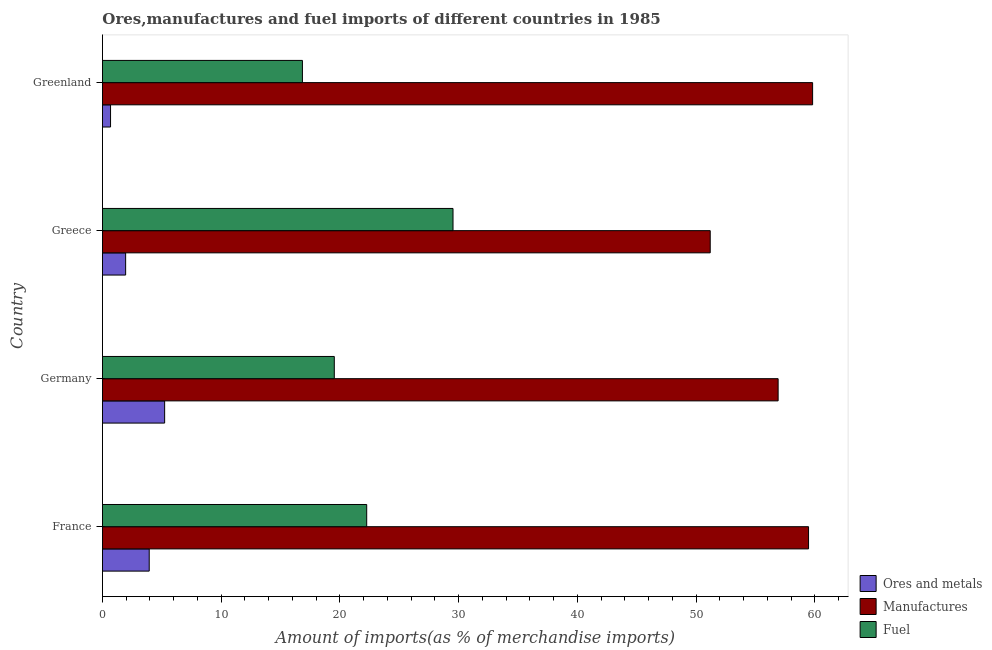
| Country | Ores and metals | Manufactures | Fuel |
 | --- | --- | --- | --- |
 | France | 3.94 | 59.5 | 22.3 |
 | Germany | 5.24 | 56.9 | 19.5 |
 | Greece | 1.95 | 51.2 | 29.5 |
 | Greenland | 0.682 | 59.8 | 16.8 |